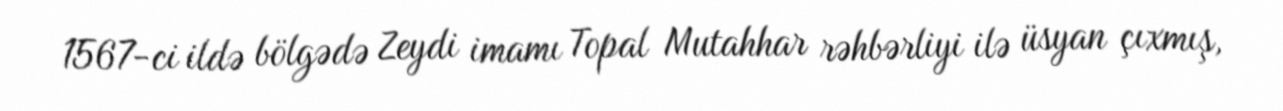
1567-ci ildə bölgədə Zeydi imamı Topal Mutahhar rəhbərliyi ilə üsyan çıxmış,